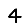
Digit: 4